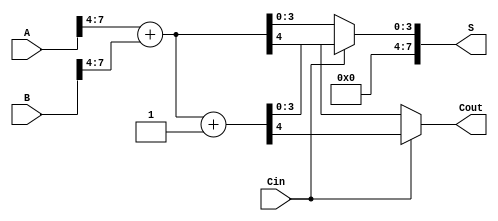
module CarrySelectAdder #(parameter N = 8) (
    input [N-1:0] A,      // First n-bit input
    input [N-1:0] B,      // Second n-bit input
    input Cin,            // Carry-in
    output [N-1:0] S,     // n-bit sum output
    output Cout           // Carry-out
);

    localparam BLOCK_SIZE = 4; // Size of each block
    localparam NUM_BLOCKS = N / BLOCK_SIZE; // Number of blocks

    // Intermediate signals
    wire [BLOCK_SIZE-1:0] S0 [0:NUM_BLOCKS-1]; // Sum outputs when Cin = 0
    wire [BLOCK_SIZE-1:0] S1 [0:NUM_BLOCKS-1]; // Sum outputs when Cin = 1
    wire [NUM_BLOCKS:0] C0; // Carry outputs when Cin = 0
    wire [NUM_BLOCKS:0] C1; // Carry outputs when Cin = 1
    wire [NUM_BLOCKS-1:0] G; // Generate signals
    wire [NUM_BLOCKS-1:0] P; // Propagate signals

    // Block-wise addition
    genvar i;
    generate
        for (i = 0; i < NUM_BLOCKS; i = i + 1) begin : block
            // Calculate sum and carry for Cin = 0
            assign {C0[i+1], S0[i]} = A[i*BLOCK_SIZE +: BLOCK_SIZE] + B[i*BLOCK_SIZE +: BLOCK_SIZE];
            // Calculate sum and carry for Cin = 1
            assign {C1[i+1], S1[i]} = A[i*BLOCK_SIZE +: BLOCK_SIZE] + B[i*BLOCK_SIZE +: BLOCK_SIZE] + 1;

            // Generate and propagate signals
            assign G[i] = A[i*BLOCK_SIZE +: BLOCK_SIZE] & B[i*BLOCK_SIZE +: BLOCK_SIZE];
            assign P[i] = A[i*BLOCK_SIZE +: BLOCK_SIZE] ^ B[i*BLOCK_SIZE +: BLOCK_SIZE];
        end
    endgenerate

    // Carry Lookahead Logic
    assign C0[0] = Cin; // Initial carry-in
    assign C1[0] = Cin; // Initial carry-in

    generate
        for (i = 0; i < NUM_BLOCKS; i = i + 1) begin : carry_logic
            if (i > 0) begin
                assign C0[i] = G[i-1] | (P[i-1] & C0[i-1]);
                assign C1[i] = G[i-1] | (P[i-1] & C1[i-1]);
            end
        end
    endgenerate

    // Multiplexer to select the correct sum and carry output
    assign S = (Cin == 0) ? {S0[NUM_BLOCKS-1]} : {S1[NUM_BLOCKS-1]};
    assign Cout = (Cin == 0) ? C0[NUM_BLOCKS] : C1[NUM_BLOCKS];

endmodule